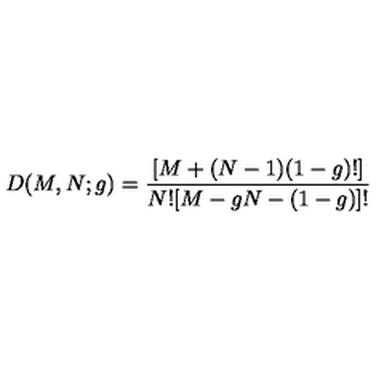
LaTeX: D ( M , N ; g ) = \frac { [ M + ( N - 1 ) ( 1 - g ) ! ] } { N ! [ M - g N - ( 1 - g ) ] ! }